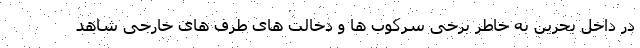
در داخل بحرین به خاطر برخی سرکوب ها و دخالت های طرف های خارجی شاهد